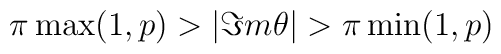
\pi \max (1,p)>|\Im m\theta |>\pi \min (1,p)